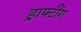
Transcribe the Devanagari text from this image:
ड्राफ्टींग